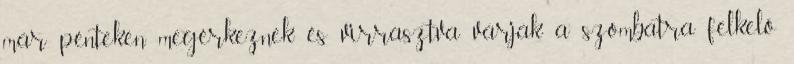
már pénteken megérkeznek és virrasztva várják a szombatra felkelő